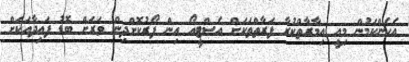
އެހެންކަމުން މިއީ އިމާރާތްކުރާ ފަރާތްތަކަށް އެސްޓީއޯ އިން ފޯރުކޮށްދިން ވަރަށް ބޮޑު ފައިދާއަކަށް